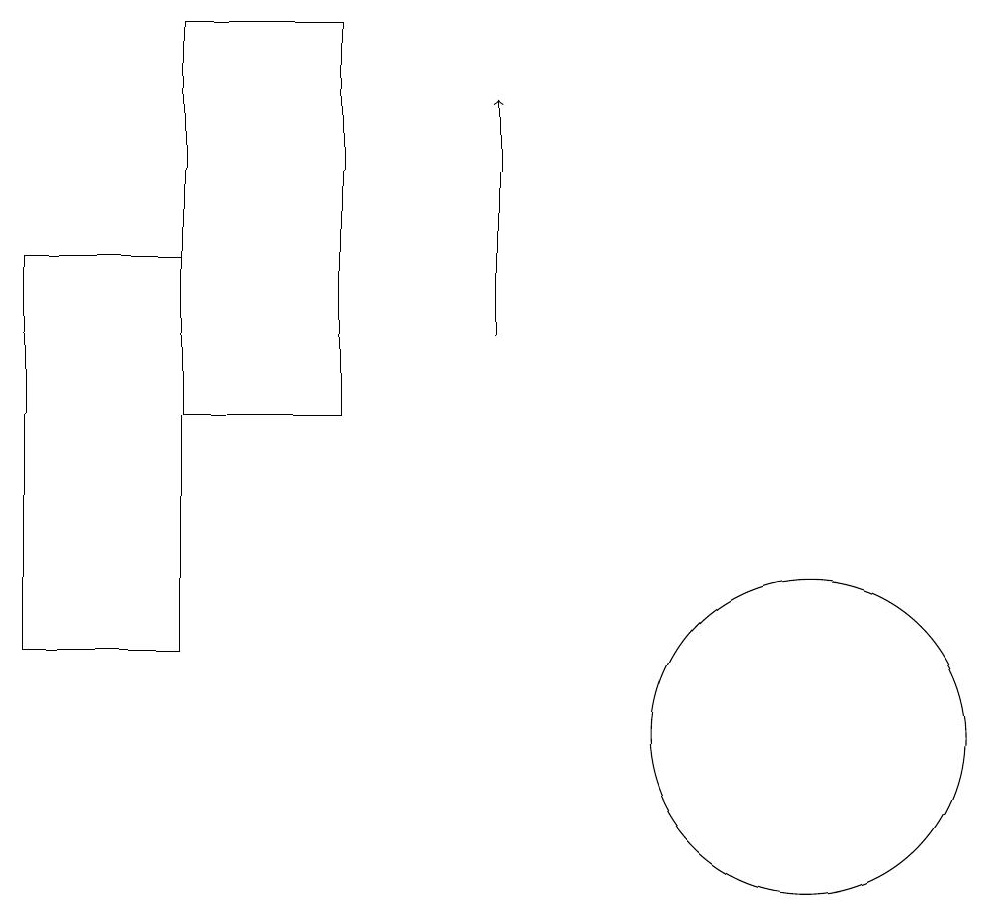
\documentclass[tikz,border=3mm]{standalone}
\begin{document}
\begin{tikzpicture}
\draw (6,14) rectangle (4,19);
\draw[->] (8,15) -- (8,18);
\draw (2,16) rectangle (4,11);
\draw (12,10) circle (2);
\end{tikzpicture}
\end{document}